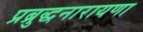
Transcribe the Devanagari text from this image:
प्रब्रुद्धनारायणा